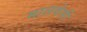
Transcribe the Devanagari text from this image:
मालवेसी